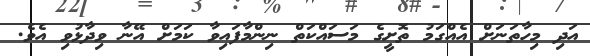
އަދި މިހާތަނަށް އެއްގަމު ތޮށީގެ މަަސައްކަތް ނިންމާފައިވާ ކަމަށް އޭނާ ވިދާޅުވި އެވެ.